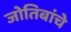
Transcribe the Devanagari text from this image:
जोतिबांचे